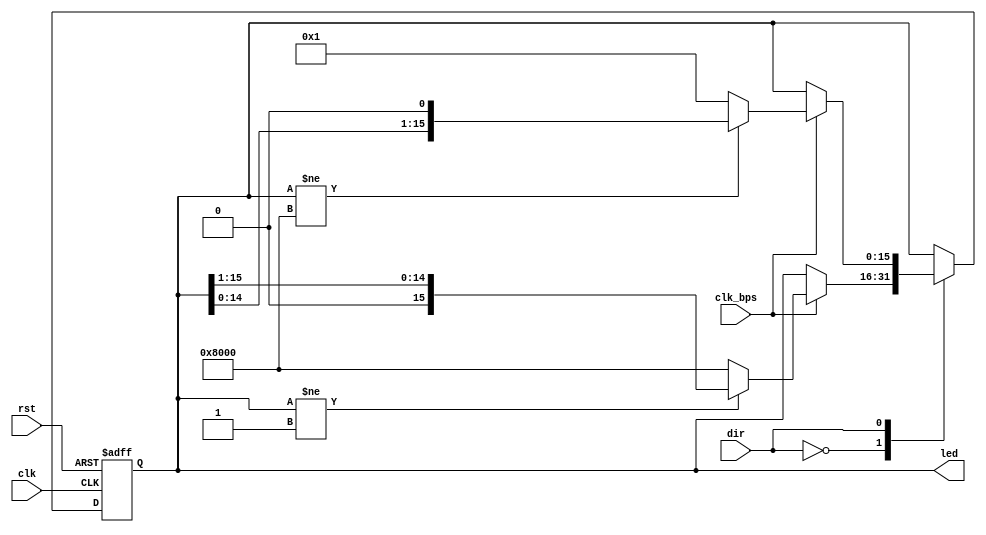
`timescale 1ns / 1ps
//////////////////////////////////////////////////////////////////////////////////
// Company: 
// Engineer: 
// 
// Design Name: 
// Module Name: flash_led_ctl
// Project Name: 
// Target Devices: 
// Tool Versions: 
// Description: LED 
// 
// Dependencies: 
// 
// Revision:
// Revision 0.01 - File Created
// Additional Comments:
// 
//////////////////////////////////////////////////////////////////////////////////


module flash_led_ctl(
 	 	input clk,
 	 	input rst,
 	 	input dir,
 	 	input clk_bps,
 	 	output reg[15:0]led
 	 	);
 	 	always @( posedge clk or posedge rst )
 	 		if( rst )
 	 			led <= 16'h8000;
 	 		else
 	 			case( dir )
 	 				1'b0:  //			 
 	 					if( clk_bps )//clk_bps1led
 	 				 		if( led != 16'd1 )
 	 							led <= led >> 1'b1;
 	 						else//
 	 							led <= 16'h8000;
 	 				1'b1:  // 
 	 			 		if( clk_bps )//clk_bps1led
 	 						if( led != 16'h8000 )
 	 							led <= led << 1'b1;
 	 						else//
 	 							led <= 16'd1;
 	 			endcase
endmodule